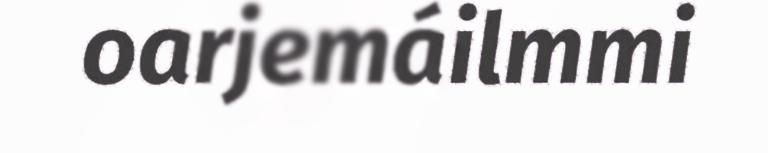
oarjemáilmmi